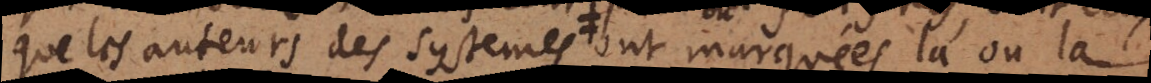
que les auteurs des systemes ont marqués l’à où la